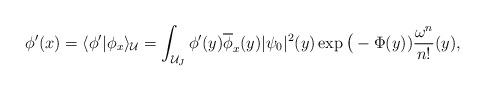
LaTeX: \begin{align*}\phi'(x) = \langle \phi '| \phi_x \rangle_{\cal U} = \int_{{\cal U}_J} \phi '(y) \overline{\phi}_x(y) |\psi_0|^2(y) \exp \big( - \Phi(y)) {\omega^n\over n!} (y),\end{align*}